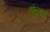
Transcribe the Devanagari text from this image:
होनुबाई